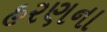
હરણના